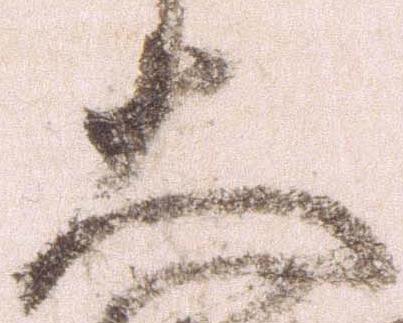
大